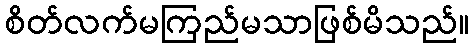
စိတ်လက်မကြည်မသာဖြစ်မိသည်။